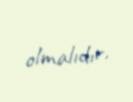
olmalıdır.